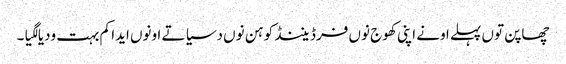
چھاپن توں پہلے اونے اپنی کھوج نوں فرڈیننڈ کوہن نوں دسیا تے اونوں ایدا کم بہت ودیا لگیا۔